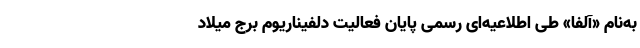
به‌نام «آلفا» طی اطلاعیه‌ای رسمی ‌پایان فعالیت دلفیناریوم برج میلاد